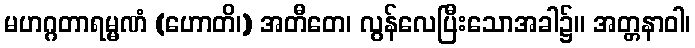
မဟဂ္ဂတာရမ္မဏံ (ဟောတိ၊) အတီတေ၊ လွန်လေပြီးသောအခါ၌။ အတ္တနာဝါ၊